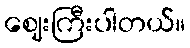
ဈေးကြီးပါတယ်။